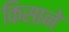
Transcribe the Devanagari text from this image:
किसाने